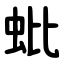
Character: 蚍